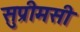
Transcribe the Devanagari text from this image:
सुप्रीमसी